Language: tamil
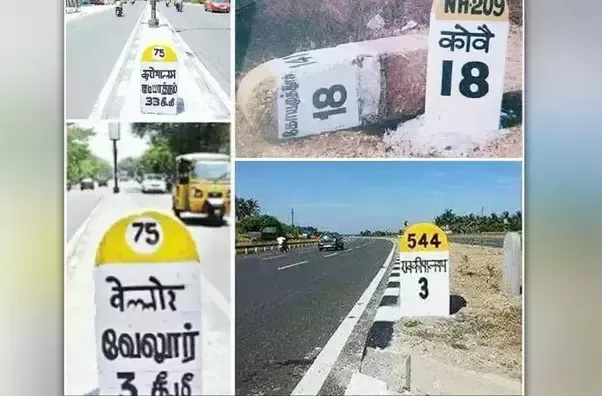
Transcription: வேலூர்